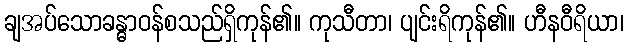
ချအပ်သောခန္ဓာဝန်စသည်ရှိကုန်၏။ ကုသီတာ၊ ပျင်းရိကုန်၏။ ဟီနဝီရိယာ၊